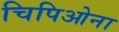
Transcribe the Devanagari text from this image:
चिपिओना